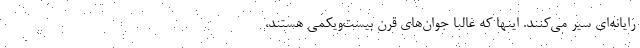
رایانه‌ای سیر می‌کنند. اینها که غالبا جوان‌های قرن بیست‌ویکمی هستند،